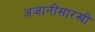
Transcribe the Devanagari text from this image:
अजानीसारखी